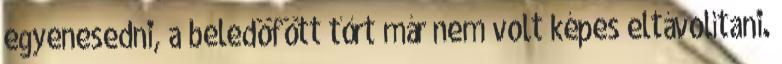
egyenesedni, a beledöfött tőrt már nem volt képes eltávolítani.